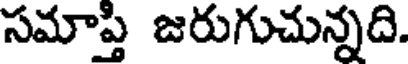
సమాప్తి జరుగుచున్నది.